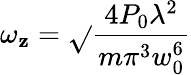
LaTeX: \omega_{\mathbf{z}}={\sqrt{}{{\frac{{4P_{0}\lambda^{2}}}{{m\pi^{3}w_{0}^{6}}}}}}